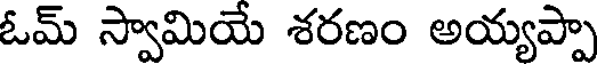
ఓమ్ స్వామియే శరణం అయ్యప్పా